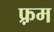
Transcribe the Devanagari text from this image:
फ़्रम